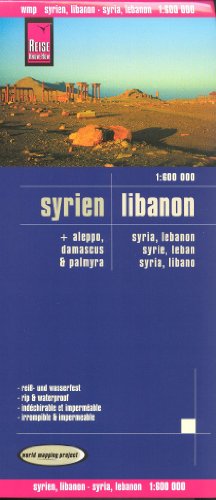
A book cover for Syria & Lebanon 1:600,000 + city plans Travel Map, waterproof, GPS-compatible, 2011 edition, REISE; Reise Knowhow; Travel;